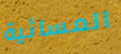
المسائية